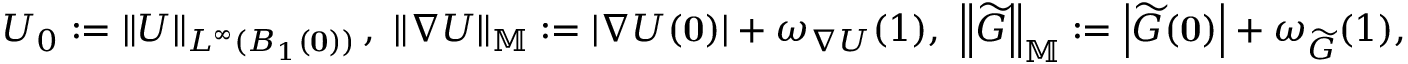
\begin{array} { r } { U _ { 0 } : = \left\| U \right\| _ { L ^ { \infty } ( B _ { 1 } ( \mathbf { 0 } ) ) } , \ \left\| \nabla U \right\| _ { \mathbb { M } } : = \left| \nabla U ( \mathbf { 0 } ) \right| + \omega _ { \nabla U } ( 1 ) , \ \left\| \widetilde { G } \right\| _ { \mathbb { M } } : = \left| \widetilde { G } ( \mathbf { 0 } ) \right| + \omega _ { \widetilde { G } } ( 1 ) , } \end{array}